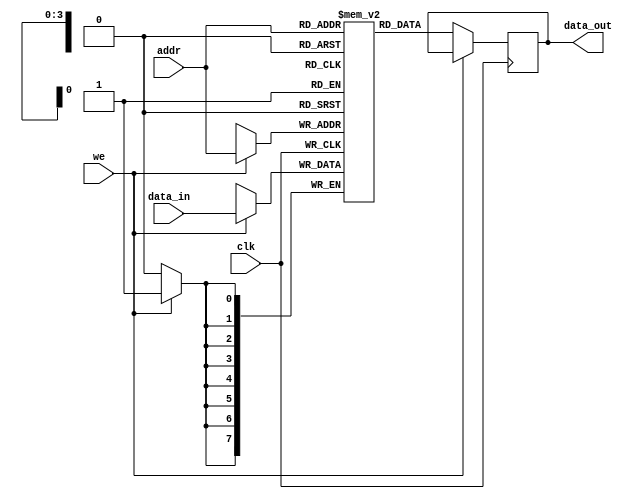
module ParameterizedRAM #(
    parameter DATA_WIDTH = 8,    // Number of bits for each memory word
    parameter ADDR_WIDTH = 4      // Number of addressable locations (2^ADDR_WIDTH)
) (
    input wire clk,               // Clock signal
    input wire we,                // Write enable (active high)
    input wire [ADDR_WIDTH-1:0] addr, // Address input
    input wire [DATA_WIDTH-1:0] data_in, // Data input
    output reg [DATA_WIDTH-1:0] data_out  // Data output
);

    // Memory declaration
    reg [DATA_WIDTH-1:0] mem [(1 << ADDR_WIDTH) - 1:0]; // 2^ADDR_WIDTH depth

    // Synchronous write and read operations
    always @(posedge clk) begin
        if (we) begin
            mem[addr] <= data_in; // Write data to memory
        end else begin
            data_out <= mem[addr]; // Read data from memory
        end
    end

    // Optional: Asynchronous read (uncomment if needed)
    /*
    always @(*) begin
        if (!we) begin
            data_out = mem[addr]; // Asynchronous read
        end
    end
    */

    // Optional: Reset functionality (uncomment if needed)
    /*
    input wire rst; // Asynchronous reset
    always @(posedge clk or posedge rst) begin
        if (rst) begin
            integer i;
            for (i = 0; i < (1 << ADDR_WIDTH); i = i + 1) begin
                mem[i] <= 0; // Initialize memory to zero
            end
        end else begin
            if (we) begin
                mem[addr] <= data_in; // Write data to memory
            end else begin
                data_out <= mem[addr]; // Read data from memory
            end
        end
    end
    */

endmodule